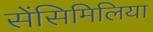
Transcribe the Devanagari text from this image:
सेंसिमिलिया